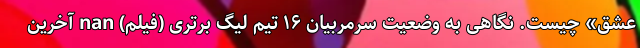
عشق» چیست. نگاهی به وضعیت سرمربیان ۱۶ تیم لیگ برتری (فیلم) nan آخرین